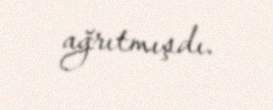
ağrıtmışdı.